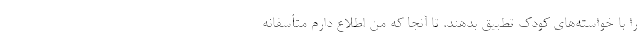
را با خواسته‌های کودک تطبیق بدهند. تا آنجا که من اطلاع دارم متأسفانه